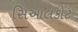
સિઆલકોટ